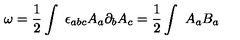
{ \omega } = \frac { 1 } { 2 } \int \ { \epsilon } _ { a b c } A _ { a } \partial _ { b } A _ { c } = \frac { 1 } { 2 } \int \ A _ { a } B _ { a }